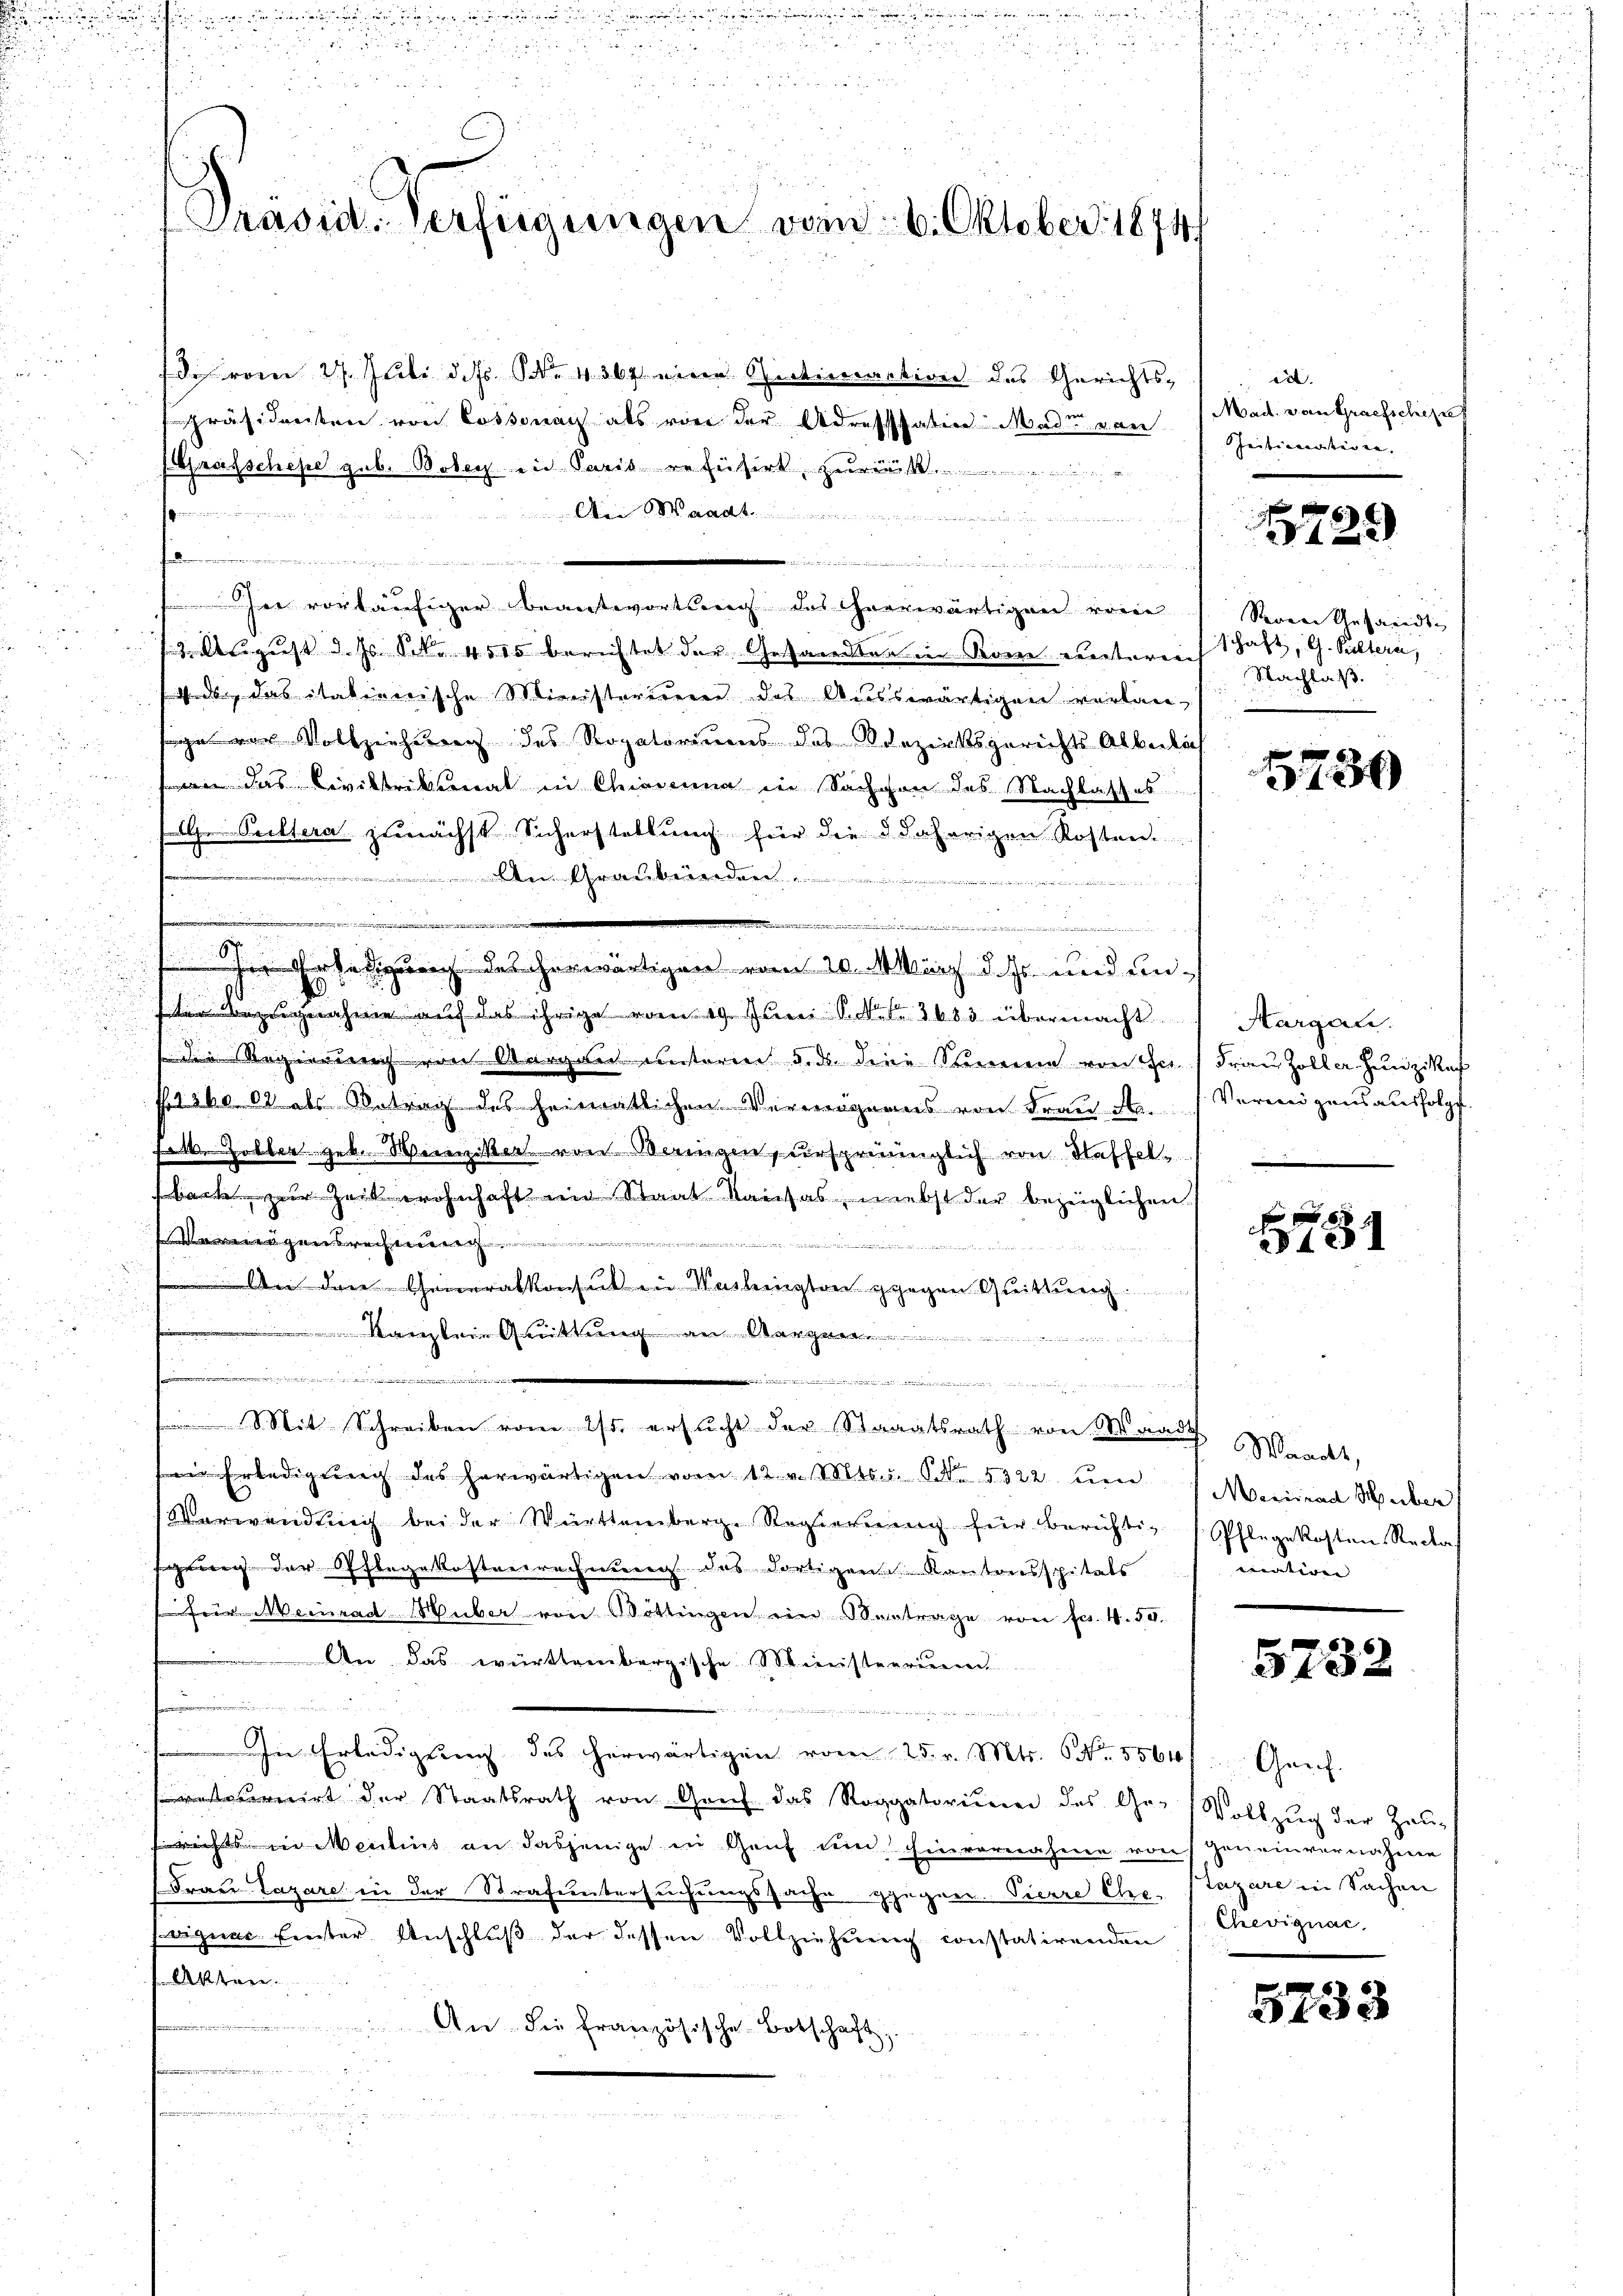
u

Präsid. Verfügungen vom 6. Oktober 1874

d. vom 27. Juli d. Js. Nr. 4. 367 eine Sectiveraction des Gerichtspräsidenten von Cossonach als von der Adressaten Mader von
Grusschehe gub. Bodenz ein Paris vereitert
s
.
.

Ie vorläufiger Beantwortsweg des Heerwärtigen von Seien Gesandte
79. August d. Js. Sekr. 4515 berichtet der Gesandten in Rom untereichschaft, G. Pultern,
 de das itationische Ministerium des Ausswärtigen verlansage vor Vollzeichtung des Rogatoriums des Bezirksgerichts Alterlich
an das Civiltribunal in Chianna in Sachen des Nachlasses
 Pultera zunächst Sicherstellung für die daherigen Rosten.
An Graubünden.

u

In Erledigung des herwärtigen vom 20. März d. Js. und unsten Bezugnahme auf das ihrige vom 19. Juni S. 3683 übermacht Margau.
 Regierunrich von Aargau unteren 5. ds. deine Sternen von der Frau Zoller Hunzia
23602 als Antrag des heiratlichen Vermögens von Frau A. Vermögensausfolgt
sel. Holber geb. Weiniker von Waizen, ursprünglich von Steffel
 zur Zeit wohnhaft im Staat kausas, nebst der bezüglichen
gwei
.
 An den Generalkonsul in Verleigten gegen Quittung.
Kanzlein Anrittung an Wer
n

t

Mit Schreiben vom 2/3. ersucht der Staaatsrath von Waadt Waackt,
in Erledigung des herwärtigen vom 12. v. Mts. v. S. 5322 um Merirend Weber
Verwendŭng bei der Württemberg. Regierung für berichtig Pflegekosten Recka
fgrung der Pflegekostenrechnung des dortigen Kantonsspitals
fein Meinrad Huber von Böttingen ein Vertrage von Fr. 4. 50
An das württembergische Ministerium

In Erledigung des herwärtigen vom 25. v. Mts. No. 5564f Genf.
tonirt der Staatsrath von Graf das Roggatorium des Ge-Vollzug der Zeusrichts ein Mentius an dasjenige in Genf und Einvernahme von Geneinvernahme
Frau Lazare in der Strafuntersuchungssache gegen. Sierre Ehe. Plazare in Sachen
Friguae Einter Anschluß der dessen Vollziehung constatirenden
n Akten.
An. Sie französische Botschaft
n

de

id.
Mad. von Grafscheret
Ieitigerteien. |

122

Nachlaß.

5730

f
3131

mation

5732

Chevignac

5733